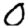
Digit: 0